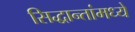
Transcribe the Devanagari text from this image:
सिद्धान्तांमध्ये